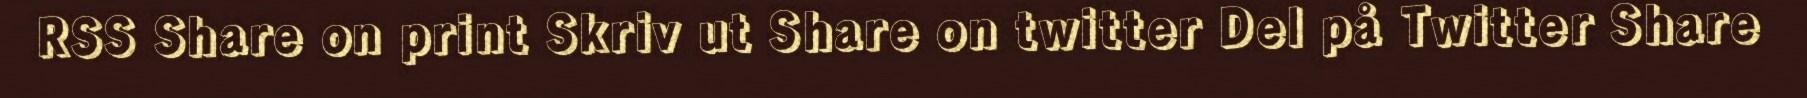
RSS Share on print Skriv ut Share on twitter Del på Twitter Share